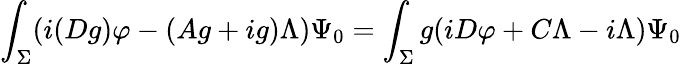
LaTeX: \int_{\Sigma}(i(Dg)\varphi-(Ag+ig)\Lambda)\Psi_{0}=\int_{\Sigma}g(iD\varphi+C\Lambda-i\Lambda)\Psi_{0}